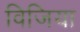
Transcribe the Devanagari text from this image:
विजिया